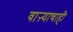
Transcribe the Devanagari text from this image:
वाऱ्याचाही